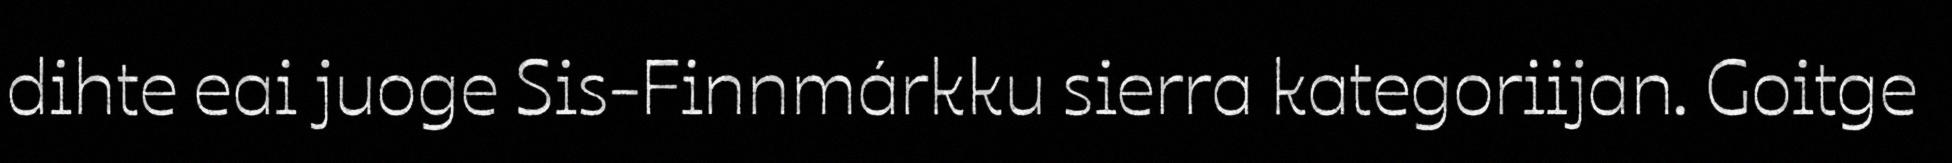
dihte eai juoge Sis-Finnmárkku sierra kategoriijan. Goitge